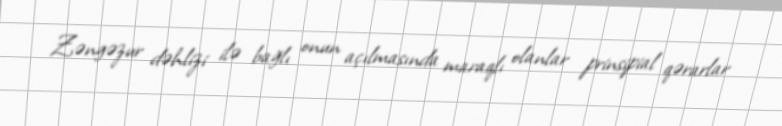
Zəngəzur dəhlizi ilə bağlı onun açılmasında maraqlı olanlar prinsipial qərarlar